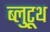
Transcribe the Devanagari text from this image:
ब्लुटूथ